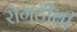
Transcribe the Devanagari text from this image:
रोगटीबी